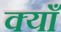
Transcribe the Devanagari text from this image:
क्याँ